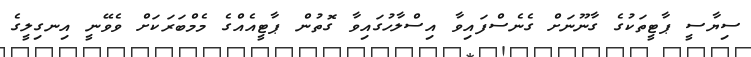
ސިޔާސީ ޕާޓީތަކުގެ ގާނޫނަށް ގެނެސްފައިވާ އިސްލާހުގައިވާ ގޮތުން ޕާޓީއެއްގެ މެމްބަރަކަށް ވެވޭނީ އިނގިލީގެ